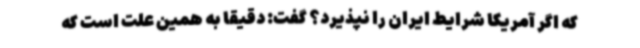
که اگر آمریکا شرایط ایران را نپذیرد؟ گفت: دقیقا به همین علت است که